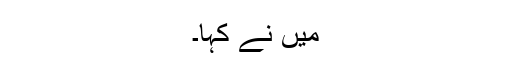
میں نے کہا۔